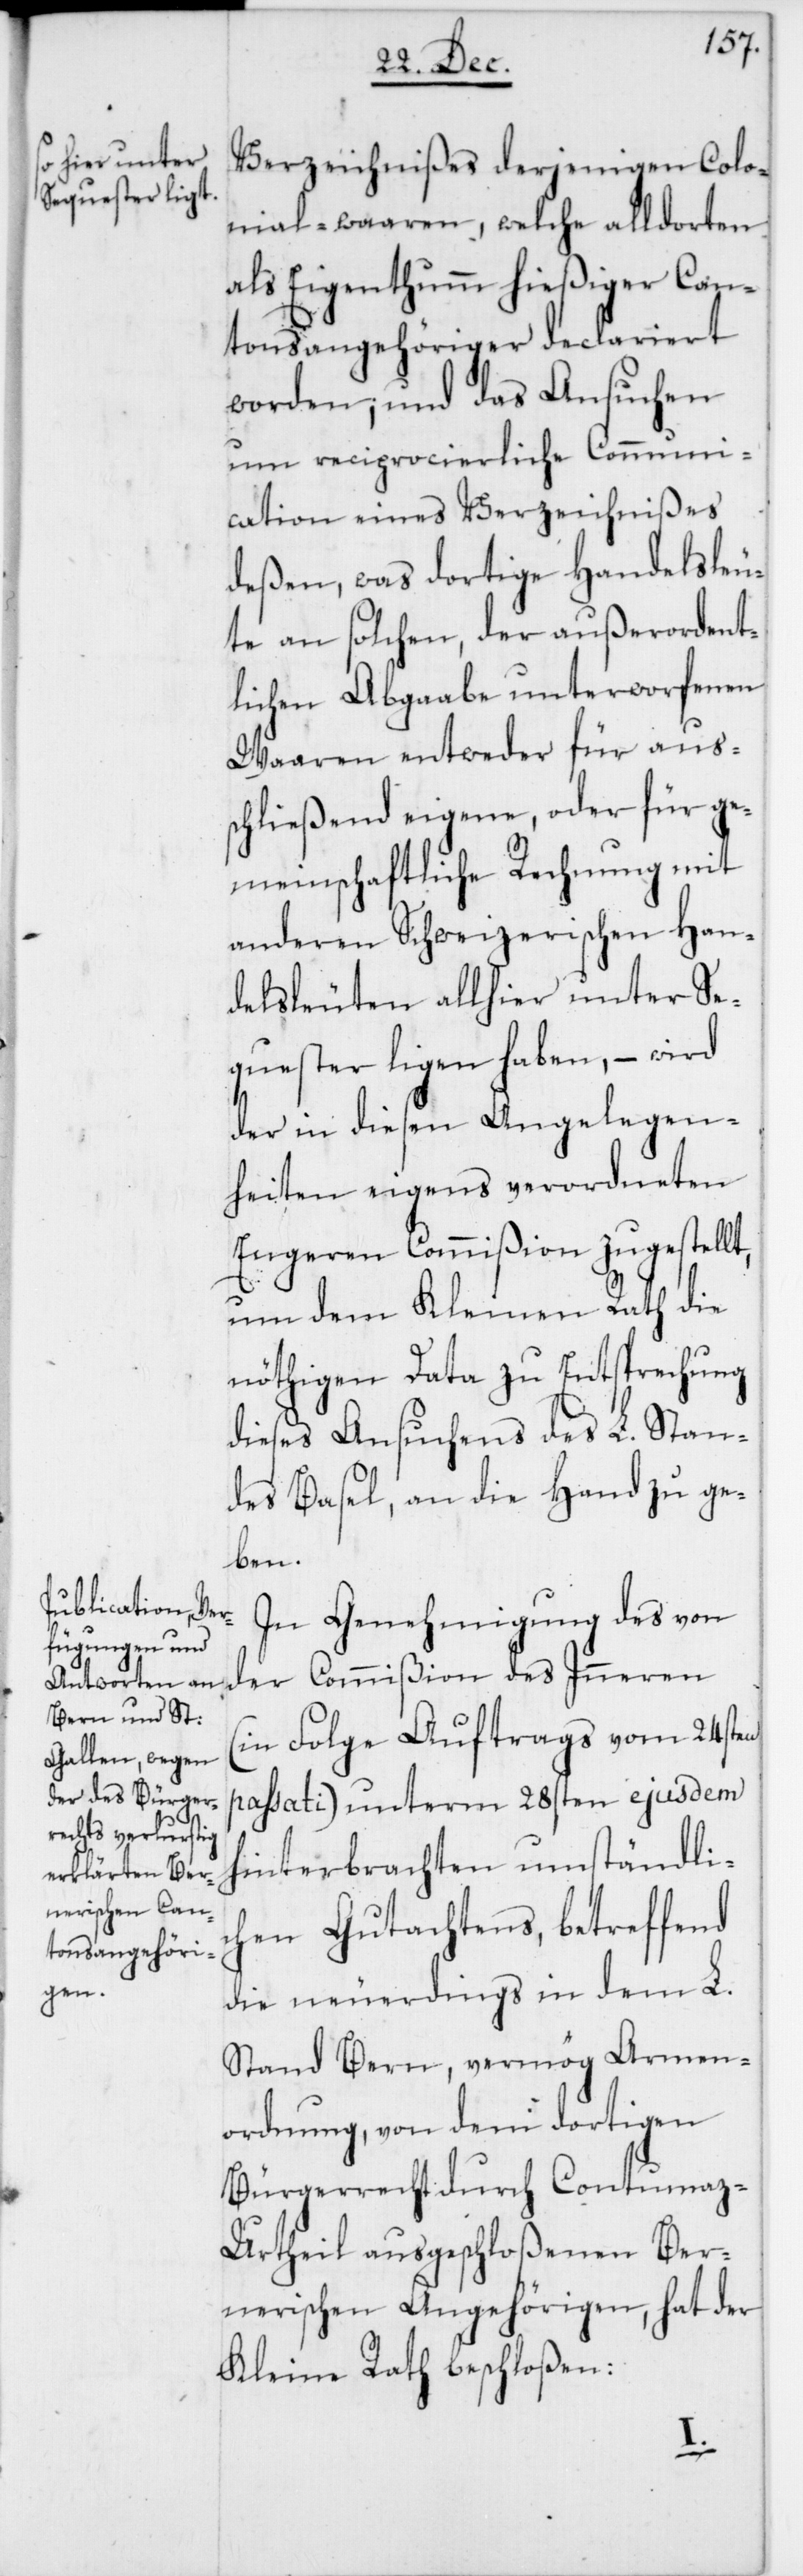
Verzeichnißes derjenigen Colo¬
nial-waaren, welche alldorten
als Eigenthumm hießiger Can¬
tonsangehöriger declariert
worden, und das Ansuchen
um reciprocierliche Communi¬
cation eines Verzeichnißes
deßen, was dortige Handelsleu¬
te an solchen, der außerordent¬
lichen Abgaabe unterworfenen
Waaren entweder für auss¬
chließend eigene, oder für ge¬
meinschaftliche Rechnung mit
anderen Schweizerischen Han¬
delsleuten allhier unter Se¬
quester ligen haben, – wird
der in diesen Angelegen¬
heiten eigens verordneten
Engeren Commißion zugestellt,
um dem Kleinen Rath die
nöthigen Data zu Entsprechung
dieses Ansuchens des L. Stan¬
des Basel, an die Hand zu ge¬
ben.
In Genehmigung des von
der Commißion des Inneren
(in Folge Auftrags vom 24sten
passati) unterm 28sten ejusdem
hinterbrachten umständli¬
chen Gutachtens, betreffend
die neuerdings in dem L.
Stand Bern, vermög Armen¬
ordnung, von dem dortigen
Bürgerrecht durch Contumaz-U¬
rtheil ausgeschloßenen Ber¬
nerischen Angehörigen, hat der
Kleine Rath beschloßen: